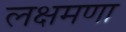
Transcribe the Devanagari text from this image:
लक्षमणा